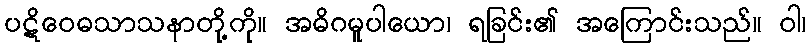
ပဋိဝေဓသာသနာတို့ကို။ အဓိဂမူပါယော၊ ရခြင်း၏ အကြောင်းသည်။ ဝါ၊